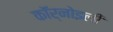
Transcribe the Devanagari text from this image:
कॉर्नोइली